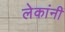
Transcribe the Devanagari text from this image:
लेकांनी